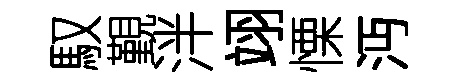
馭覲泮翊慄沔